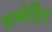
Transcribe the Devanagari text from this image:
लम्मेर्डिंग